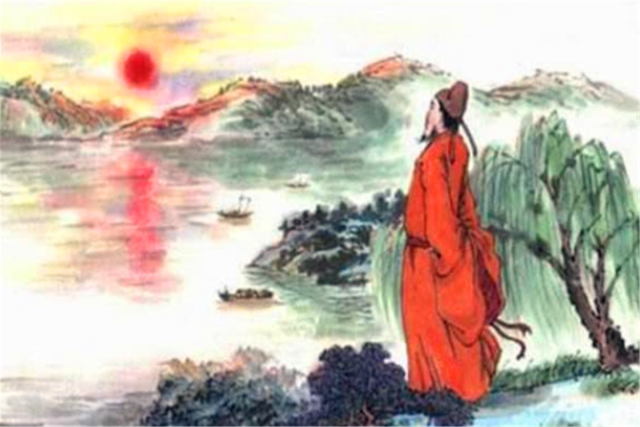
劝我早还家，绿窗人似花。